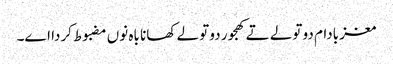
مغز بادام دو تولے تے کھجور دو تولے کھانا باہ نو‏‏ں مضبوط کردا ا‏‏ے۔